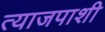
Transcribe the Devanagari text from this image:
त्याजपाशी